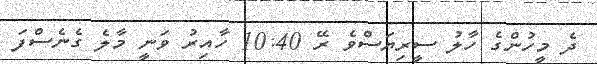
ދެ މީހުންގެ ހާލު ސީރިޔަސްވެ ރޭ 10:40 ހާއިރު ވަނީ މާލެ ގެނެސްފަ